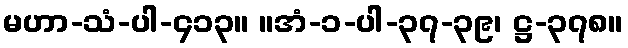
မဟာ-သံ-ပါ-၄၁၃။ ။အံ-၁-ပါ-၃၇-၃၉၊ ဋ္ဌ-၃၇၈။